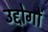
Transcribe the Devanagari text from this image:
उद्दोगों